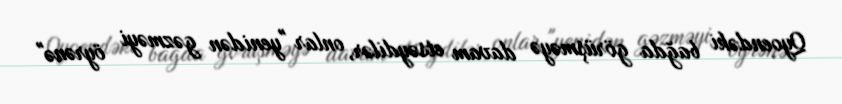
Qyoendəki bağda görüşməyə davam etsəydilər, onlar "yenidən gəzməyi öyrənə"